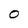
Character: 0